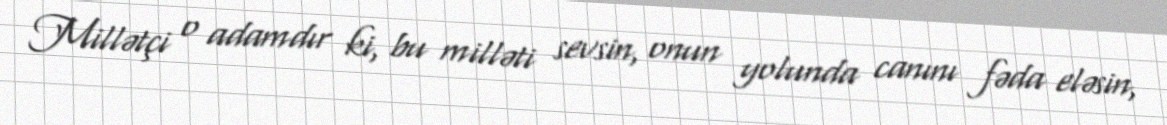
Millətçi o adamdır ki, bu milləti sevsin, onun yolunda canını fəda eləsin,